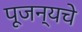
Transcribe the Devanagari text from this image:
पूजन्यचे